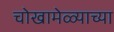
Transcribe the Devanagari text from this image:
चोखामेळ्याच्या